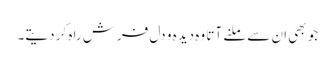
جو بھی ان سے ملنے آتا وہ دیدہ و دل فرش راہ کر دیتے۔